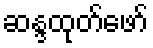
ဆန္ဒထုတ်ဖော်